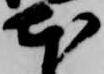
本